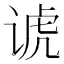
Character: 𬤀